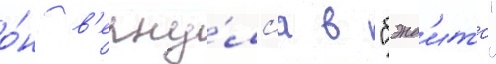
о́н в'ерну́лс'я в "бэнд'итс"